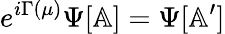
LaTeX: e^{i\Gamma(\mu)}\Psi[\mathbb{A}]=\Psi[\mathbb{A}^{\prime}]